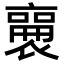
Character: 𬡫